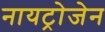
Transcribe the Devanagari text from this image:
नायट्रोजेन